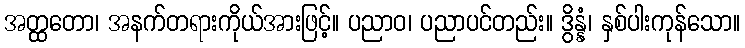
အတ္ထတော၊ အနက်တရားကိုယ်အားဖြင့်။ ပညာဝ၊ ပညာပင်တည်း။ ဒွိန္နံ၊ နှစ်ပါးကုန်သော။